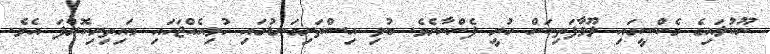
ނޫކުލައިގެ މެކްސީގައި ލޫޅާފަތިކަން ހުރީ ފެންނާށެވެ. ބުޅި އިސްތަށިގަނޑުގައި ހުޅިއެއްޖަހައި މައިތިރިކޮށްފަ އެވެ.